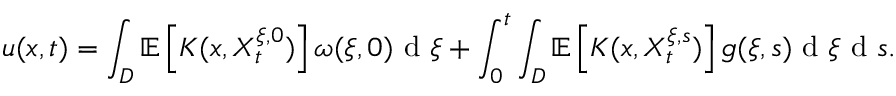
u ( x , t ) = \int _ { D } \mathbb { E } \left[ K ( x , X _ { t } ^ { \xi , 0 } ) \right] \omega ( \xi , 0 ) \textrm { d } \xi + \int _ { 0 } ^ { t } \int _ { D } \mathbb { E } \left[ K ( x , X _ { t } ^ { \xi , s } ) \right] g ( \xi , s ) \textrm { d } \xi \textrm { d } s .